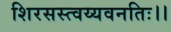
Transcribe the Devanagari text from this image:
शिरसस्त्वय्यवनतिः।।